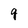
Character: q